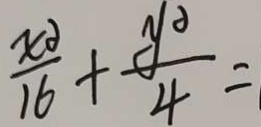
\frac { x ^ { 2 } } { 1 6 } + \frac { y ^ { 2 } } { 4 } =